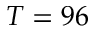
T = 9 6